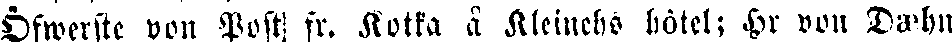
Öfwerste von Pos! fr. Kotka å Kleinehs hotel; Hr von Dæhn